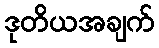
ဒုတိယအချက်